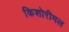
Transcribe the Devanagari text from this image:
किशोरीमल